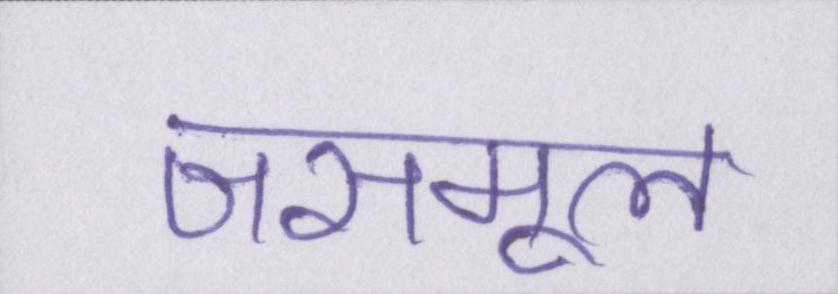
जसमूल